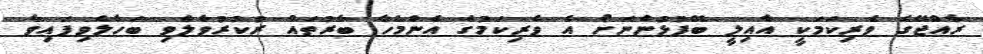
ރާއްޖޭގެ ވެރިކަމަކީ އާއިލީ ބޭފުޅުންނަށް އެ ވެރިކަމުގެ އެންމެހާ ބާރުތައް ރުކުރުވާލެވި ބަހާލެވިފައިވާ